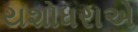
યશોધરાએ